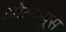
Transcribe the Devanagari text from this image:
ओल्य्म्पूस